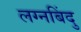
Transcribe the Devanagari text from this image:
लग्नबिंदु